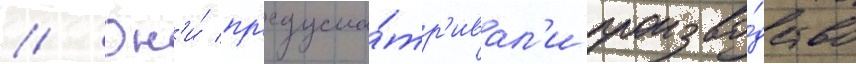
// Он'и́ пр'едусма́тр'ивал'и произво́дство